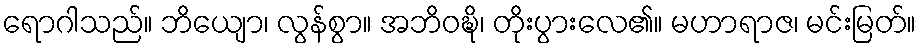
ရောဂါသည်။ ဘိယျော၊ လွန်စွာ။ အဘိဝဍ္ဎိ၊ တိုးပွားလေ၏။ မဟာရာဇ၊ မင်းမြတ်။